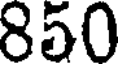
850